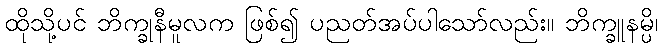
ထိုသို့ပင် ဘိက္ခုနီမူလက ဖြစ်၍ ပညတ်အပ်ပါသော်လည်း။ ဘိက္ခူနမ္ပိ၊